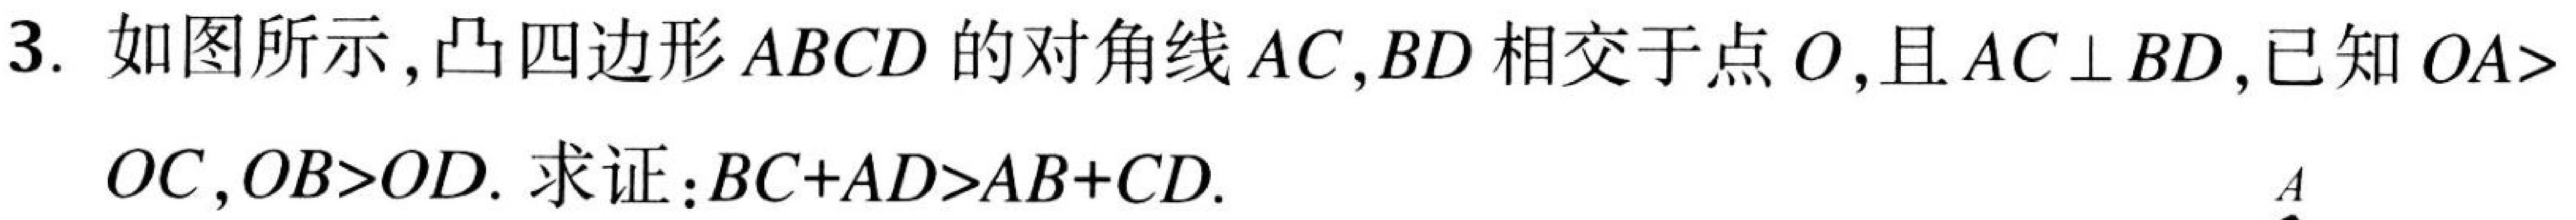
3. 如图所示, 凸四边形\(ABCD\)的对角线\(AC,BD\)相交于点\(O\),且\(AC\perp BD\),已知\(OA>
OC,OB > OD\). 求证：\(BC + AD>AB + CD\).